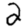
Digit: 2